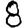
Digit: 8